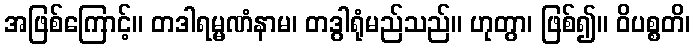
အဖြစ်ကြောင့်။ တဒါရမ္မဏံနာမ၊ တဒွါရုံမည်သည်။ ဟုတွာ၊ ဖြစ်၍။ ဝိပစ္စတိ၊